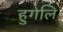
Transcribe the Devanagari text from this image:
हुगलि